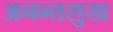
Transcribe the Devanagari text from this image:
अनन्तसुख